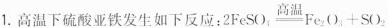
1.高温下硫酸亚铁发生如下反应：$$2FeSO_{4}\xlongequal[]{高温}=Fe_{2}O_{3}+SO_{2}$$